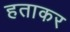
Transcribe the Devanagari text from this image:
हताकर